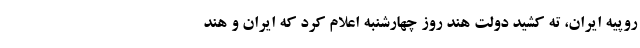
روپیه ایران، ته کشید دولت هند روز چهارشنبه اعلام کرد که ایران و هند